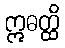
ဣဓတ္ထိ